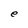
Character: e